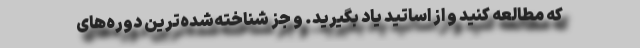
که مطالعه کنید و از اساتید یاد بگیرید. و جز شناخته‌شده‌ترین دوره‌های